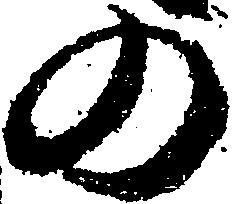
の